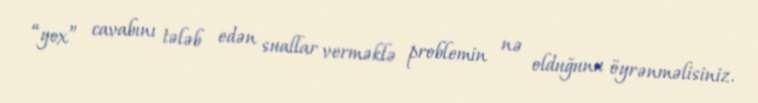
“yox” cavabını tələb edən suallar verməklə problemin nə olduğunu öyrənməlisiniz.